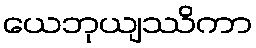
ယေဘုယျဿိကာ